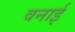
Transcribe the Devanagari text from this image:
वनाई